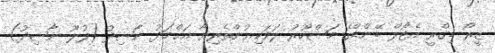
ޒީރޯ ޑިގްރީ އެޓޯލް ބޭންޑްގެ މަޝްހޫރު ލަވަކިޔުންތެރިޔާ އަޙްމަދު ނާޝިދު (ފުލޫ ނާޝިދު)